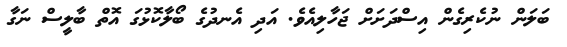
ބަލަން ނުކެރިގެން އިސްދަށަށް ޖަހާލިއެވެ. އަދި އެނދުގެ ބޯލާކޮޅުގަ އޮތް ބާލީސް ނަގާ